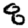
Digit: 8